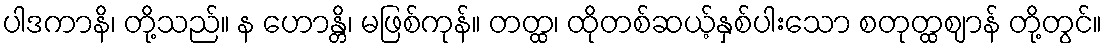
ပါဒကာနိ၊ တို့သည်။ န ဟောန္တိ၊ မဖြစ်ကုန်။ တတ္ထ၊ ထိုတစ်ဆယ့်နှစ်ပါးသော စတုတ္ထဈာန် တို့တွင်။